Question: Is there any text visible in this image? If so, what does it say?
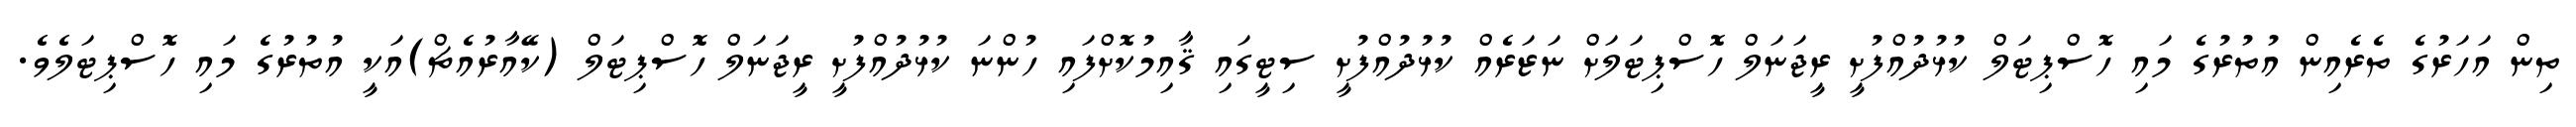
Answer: ތިން އަހަރުގެ ތެރެއިން އުތުރުގެ މައި ހޮސްޕިޓަލް ކުޅުދުއްފުށީ ރީޖަނަލް ހޮސްޕިޓަލަށް ނަޒަރެއް ކުޅުދުއްފުށީ ސިޓީގައި ޤާއިމުކޮށްފައި ހުންނަ ކުޅުދުއްފުށީ ރީޖަނަލް ހޮސްޕިޓަލް (ކޭއާރުއެޗް)އަކީ އުތުރުގެ މައި ހޮސްޕިޓަލެވެ.